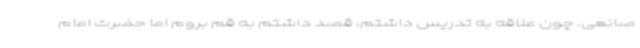
صانعی. چون علاقه به تدریس داشتم، قصد داشتم به قم بروم اما حضرت امام